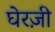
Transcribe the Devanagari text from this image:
घेरज़ी